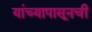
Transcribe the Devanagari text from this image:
यांच्यापासूनची